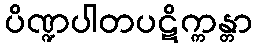
ပိဏ္ဍပါတပဋိက္ကန္တာ